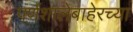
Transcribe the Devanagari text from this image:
पर्णशालेबाहेरच्या